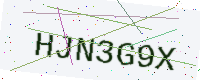
Text: HJN3G9X